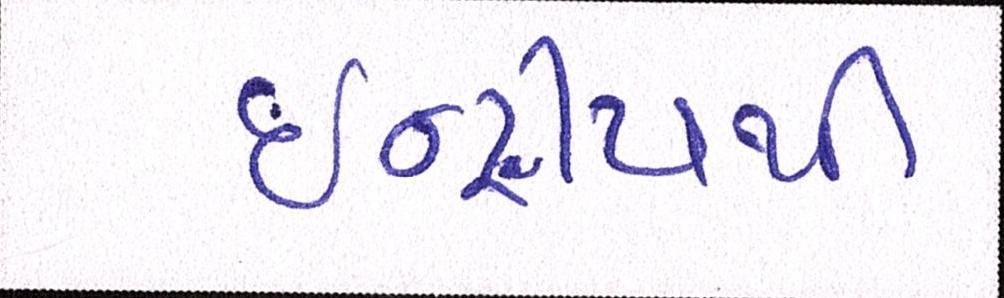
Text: ઇન્દ્રીયથી